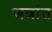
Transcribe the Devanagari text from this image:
जत्रांत